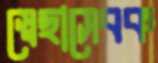
স্বেছাসেবক